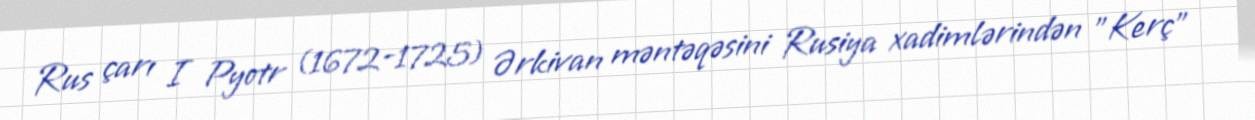
Rus çarı I Pyotr (1672-1725) Ərkivan məntəqəsini Rusiya xadimlərindən "Kerç"